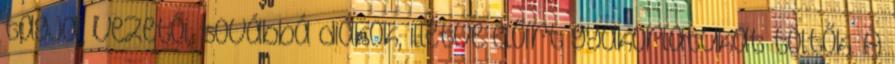
tagjai, vezetői, továbbá diákok, illetve előírt gyakorlatukat töltők. A